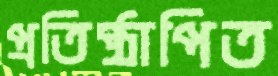
প্রতিষ্ঠাপিত